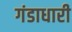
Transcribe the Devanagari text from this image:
गंडाधारी